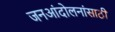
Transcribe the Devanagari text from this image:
जनआंदोलनांसाठी